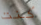
كنت